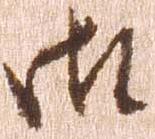
御